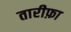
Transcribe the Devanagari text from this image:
तारीफ़ा